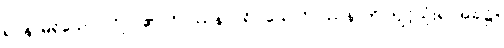
ရုပ်နာမ်ရှိသော ပုဂ္ဂိုလ်၏။ ဝိပဿနာပရိဝါသေ၊ ဝိပဿနာကို ကျင့်သုံးရာအခါ၌။